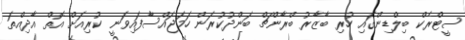
ސީޓްރެކް ބިލްޑިންގައި ހުރި ބާޒާރު ބްރާންޗް ބަންދުކުރަން ހަމަޖައްސާފައިވަނީ ކުރިއަށް އޮތް އާދިއްތަ